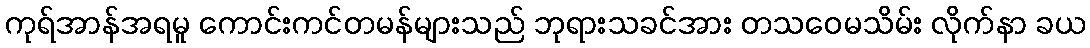
ကုရ်အာန်အရမူ ကောင်းကင်တမန်များသည် ဘုရားသခင်အား တသဝေမသိမ်း လိုက်နာ ခယ